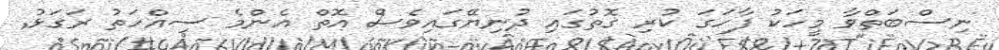
ނިސްބަތްވާ މީހަކު ފާހަގަ ކުރި ގޮތުގައި ދުނިޔޭގައިވެސް އޮތް އެންމެ ސިއްހަތު ރަގަޅު